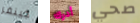
جينفر أدرك صحي